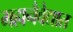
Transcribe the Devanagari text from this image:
महानैवेद्यात